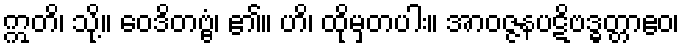
ဣတိ၊ သို့။ ဝေဒိတဗ္ဗံ၊ ၏။ ဟိ၊ ထိုမှတပါး။ အာဝဇ္ဇနပဋိဗဒ္ဓတ္တာဧဝ၊